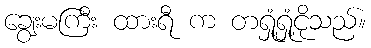
ချွေးမကြီး ထားရီ က တရှုံ့ရှုံ့ငိုသည်။